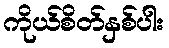
ကိုယ်စိတ်နှစ်ပါး